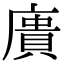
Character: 𢊮